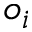
o _ { i }